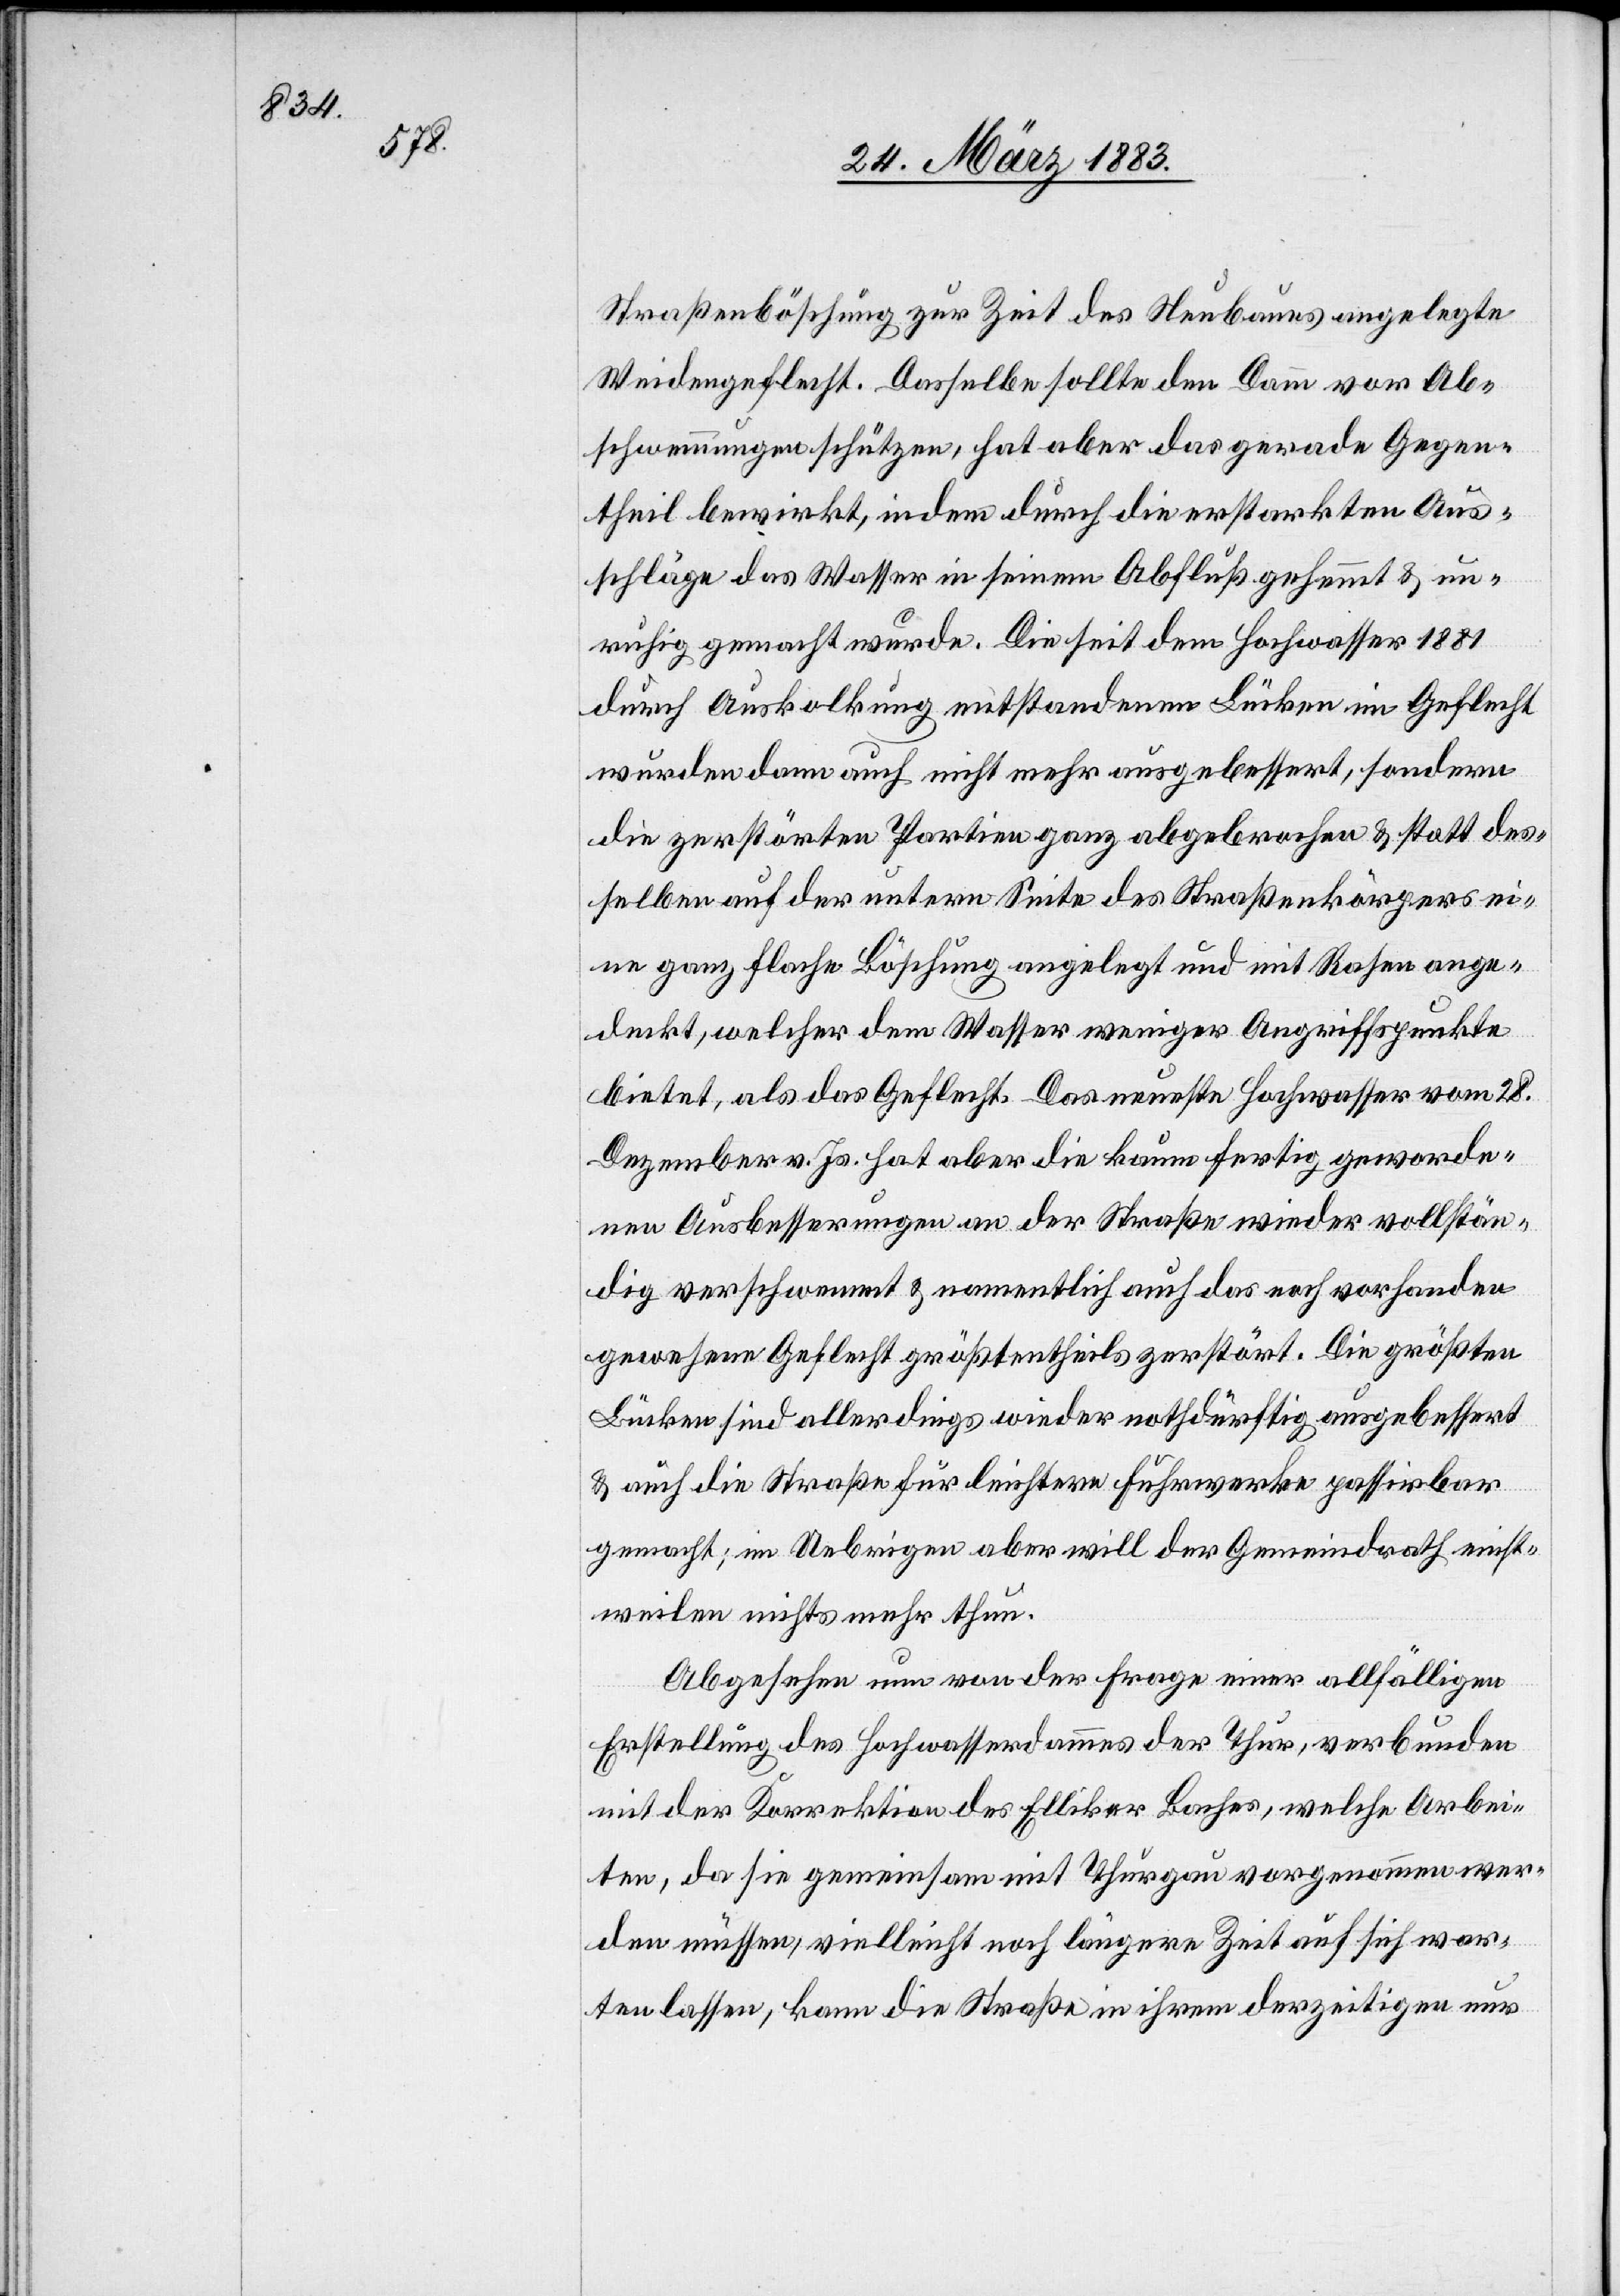
Straßenböschung zur Zeit des Neubaues angelegte
Weidengeflecht. Dasselbe sollte den Damm vor Ab¬
schwemmungen schützen, hat aber das gerade Gegen¬
theil bewirkt, indem durch die erstarkten Aus¬
schläge das Wasser in seinem Abfluß gehemmt & un¬
ruhig gemacht wurde. Die seit dem Hochwasser 1881
durch Auskolkung entstandenen Lücken im Geflecht
wurden dann auch nicht mehr ausgebessert, sondern
die zerstörten Partien ganz abgebrochen & statt des¬
selben auf der untern Seite des Straßenkörpers ei¬
ne ganz flache Böschung angelegt und mit Rasen ange¬
deckt, welcher dem Wasser weniger Angriffspunkte
bietet, als das Geflecht. Das neueste Hochwasser vom 28.
Dezember v. Js. hat aber die kaum fertig geworde¬
nen Ausbesserungen der Strecke wieder vollstän¬
dig verschwemmt & namentlich auch das noch vorhanden
gewesene Geflecht größtentheils zerstört. Die größten
Lücken sind allerdings wieder nothdürftig ausgebessert
& auch die Straße für leichtere Fuhrwerke passirbar
gemacht; im Uebrigen aber will der Gemeindrath einst¬
weilen nichts mehr thun.
Abgesehen nun von der Frage einer allfälligen
Erstellung des Hochwasserdammes der Thur, verbunden
mit der Korrektion des Elliker Baches, welche Arbei¬
ten, da sie gemeinsam mit Thurgau vorgenommen wer¬
den müssen, vielleicht noch längere Zeit auf sich war¬
ten lassen, kann die Straße in ihrem derzeitigen nur